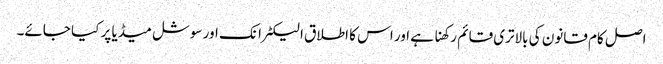
اصل کام قانون کی بالاتری قائم رکھنا ہے اور اس کا اطلاق الیکٹرانک اور سوشل میڈیا پر کیا جائے۔